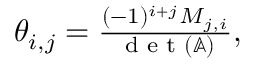
\begin{array} { r } { \theta _ { i , j } = \frac { ( - 1 ) ^ { i + j } M _ { j , i } } { \textrm { d e t } ( \mathbb { A } ) } , } \end{array}